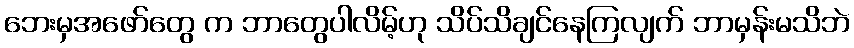
ဘေးမှအဖော်တွေ က ဘာတွေပါလိမ့်ဟု သိပ်သိချင်နေကြလျက် ဘာမှန်းမသိဘဲ